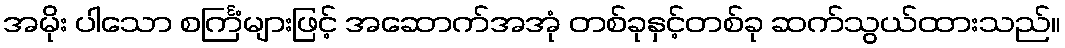
အမိုး ပါသော စင်္ကြံများဖြင့် အဆောက်အအုံ တစ်ခုနှင့်တစ်ခု ဆက်သွယ်ထားသည်။